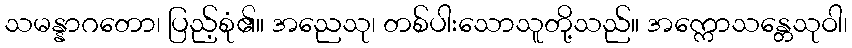
သမန္နာဂတော၊ ပြည့်စုံ၏။ အညေသု၊ တစ်ပါးသောသူတို့သည်။ အက္ကောသန္တေသုဝါ၊